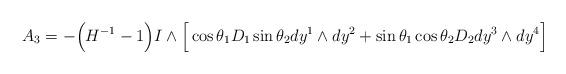
LaTeX: \begin{align*}A_3 = - \Big( H^{-1}-1 \Big) I \wedge\Big[ \cos \theta_1 D_1 \sin \theta_2 dy^1 \wedge dy^2+ \sin \theta_1 \cos \theta_2 D_2 dy^3 \wedge dy^4 \Big]\end{align*}